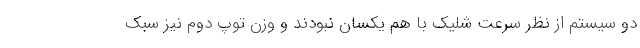
دو سیستم از نظر سرعت شلیک با هم یکسان نبودند و وزن توپ دوم نیز سبک